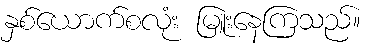
နှစ်ယောက်စလုံး မြူးနေကြသည်။